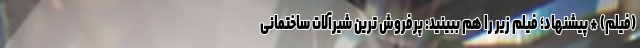
(فیلم) * پیشنهاد؛ فیلم‌ زیر را هم ببینید: پرفروش ترین شیرآلات ساختمانی